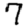
Digit: 7